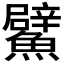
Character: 𩼢